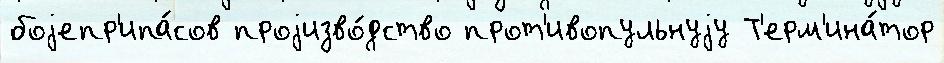
боjепр'ипа́сов проjизво́дство прот'ивопульнуjу Т'ерм'ина́тор